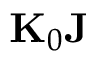
{ \bf K } _ { 0 } { \bf J }